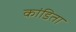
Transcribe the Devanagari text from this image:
कांडिता